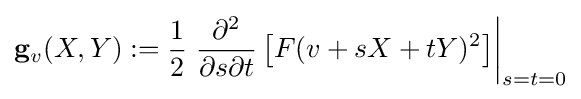
\mathbf {g} _{v}(X,Y):={\frac {1}{2}}\left.{\frac {\partial ^{2}}{\partial s\partial t}}\left[F(v+sX+tY)^{2}\right]\right|_{s=t=0}